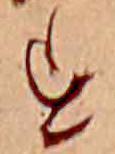
す